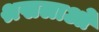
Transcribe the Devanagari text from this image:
श्रखलाओं